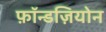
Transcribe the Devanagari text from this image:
फ़ॉन्डज़ियोन